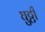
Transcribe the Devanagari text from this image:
घुट्टी